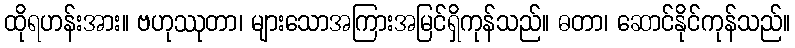
ထိုရဟန်းအား။ ဗဟုဿုတာ၊ များသောအကြားအမြင်ရှိကုန်သည်။ ဓတာ၊ ဆောင်နိုင်ကုန်သည်။